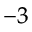
^ { - 3 }